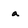
Character: a